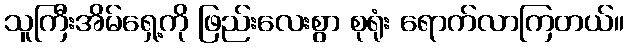
သူကြီးအိမ်ရှေ့ကို ဖြည်းလေးစွာ စုရုံး ရောက်လာကြတယ်။